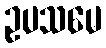
ဥပသမေ